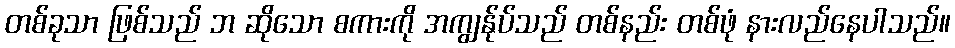
တစ်ခုသာ ဖြစ်သည် ဘ ဆိုသော စကားကို အကျွန်ုပ်သည် တစ်နည်း တစ်ဖုံ နားလည်နေပါသည်။